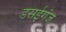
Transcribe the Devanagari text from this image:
डसईगंज